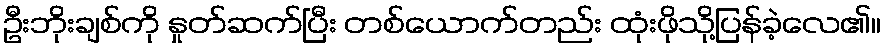
ဦးဘိုးချစ်ကို နှုတ်ဆက်ပြီး တစ်ယောက်တည်း ထုံးဖိုသို့ပြန်ခဲ့လေ၏။